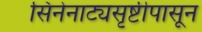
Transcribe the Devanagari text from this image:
सिनेनाट्यसृष्टीपासून